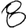
Digit: 8